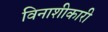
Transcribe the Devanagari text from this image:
विनाशीकारी